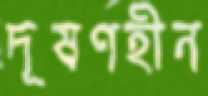
দূষণহীন